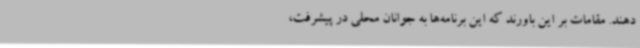
دهند. مقامات بر این باورند که این برنامه‌ها به جوانان محلی در پیشرفت،